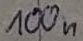
Text: 100µF